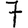
Digit: 7